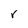
Character: r